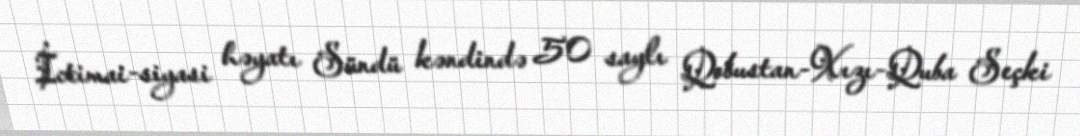
İctimai-siyasi həyatı Sündü kəndində 50 saylı Qobustan-Xızı-Quba Seçki